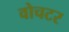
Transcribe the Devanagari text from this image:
वोचटर